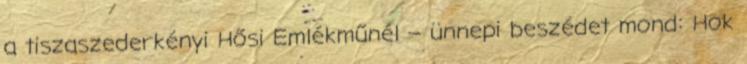
a tiszaszederkényi Hősi Emlékműnél – ünnepi beszédet mond: Hok